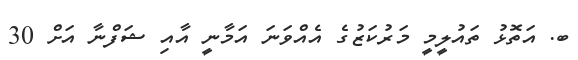
ބ. އަތޮޅު ތައުލީމީ މަރުކަޒުގެ އެއްވަނަ އަމާނީ އާއި ޝަފްނާ އަށް 30